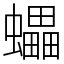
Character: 蠝